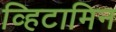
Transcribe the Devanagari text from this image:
व्हिटामिन